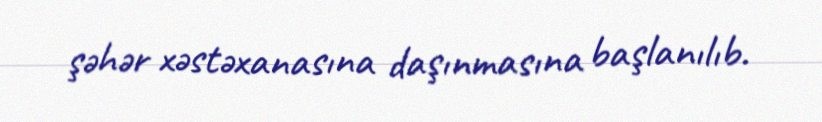
şəhər xəstəxanasına daşınmasına başlanılıb.